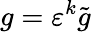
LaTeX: g=\varepsilon^{k}\tilde{g}